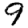
Digit: 9